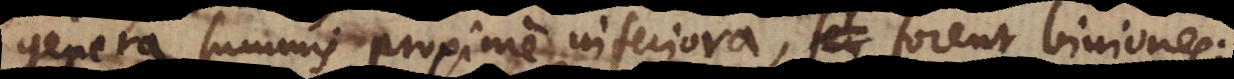
genera summis proxime inferiora, forent biniones: